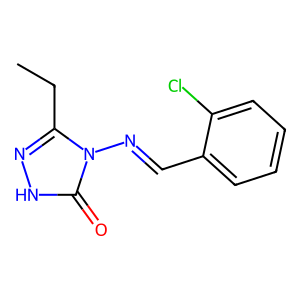
SMILES: CCc1n[nH]c(=O)n1N=Cc1ccccc1Cl
Inhibits HIV replication: No